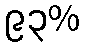
၉၃%